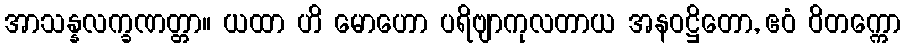
အာသန္နလက္ခဏတ္တာ။ ယထာ ဟိ မောဟော ပရိဗျာကုလတာယ အနဝဋ္ဌိတော, ဧဝံ ဝိတက္ကော